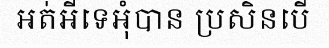
អត់អីទេអុំបាន ប្រសិនបើ